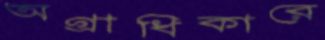
অগ্রাধিকারে